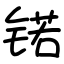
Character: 锘